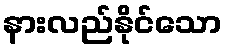
နားလည်နိုင်သော